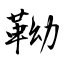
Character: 靿